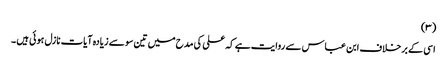
(٣)
اسی کے برخلاف ابن عباس سے روایت ہے کہ علی کی مدح میں تین سو سے زیادہ آیات نازل ہوئی ہیں ۔